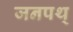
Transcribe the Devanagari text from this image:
जनपथ्